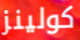
كولينز